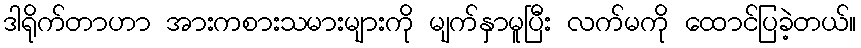
ဒါရိုက်တာဟာ အားကစားသမားများကို မျက်နှာမူပြီး လက်မကို ထောင်ပြခဲ့တယ်။